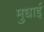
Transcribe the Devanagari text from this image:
मुधाई